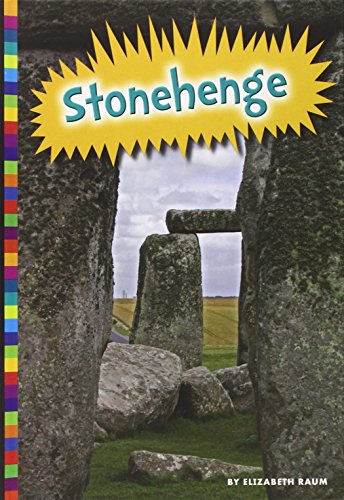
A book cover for Stonehenge (Ancient Wonders); Elizabeth Raum; Children's Books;